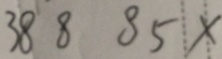
3 8 8 8 5 x